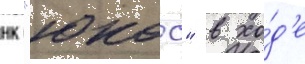
нк "юкос" в хо́д'е